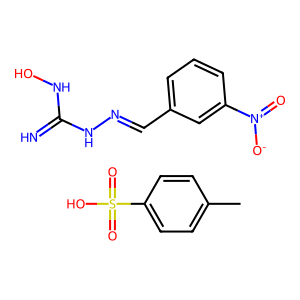
SMILES: Cc1ccc(S(=O)(=O)O)cc1.N=C(NO)NN=Cc1cccc([N+](=O)[O-])c1
Inhibits HIV replication: No